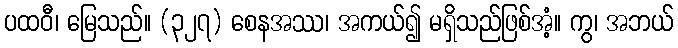
ပထဝီ၊ မြေသည်။ (၃၂၇) စေနအဿ၊ အကယ်၍ မရှိသည်ဖြစ်အံ့။ ကွ၊ အဘယ်